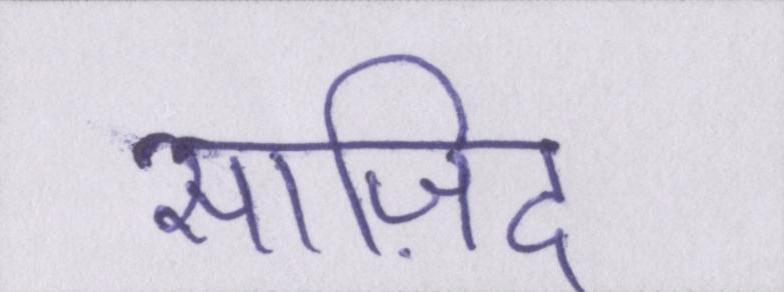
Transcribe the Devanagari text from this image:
साज़िद